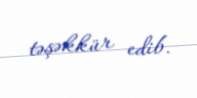
təşəkkür edib.